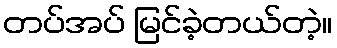
တပ်အပ် မြင်ခဲ့တယ်တဲ့။